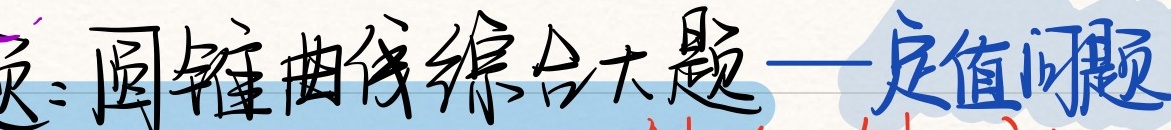
圆锥曲线综合大题——定值问题